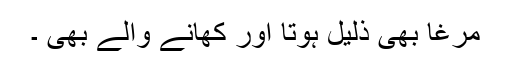
مرغا بھی ذلیل ہوتا اور کھانے والے بھی ۔